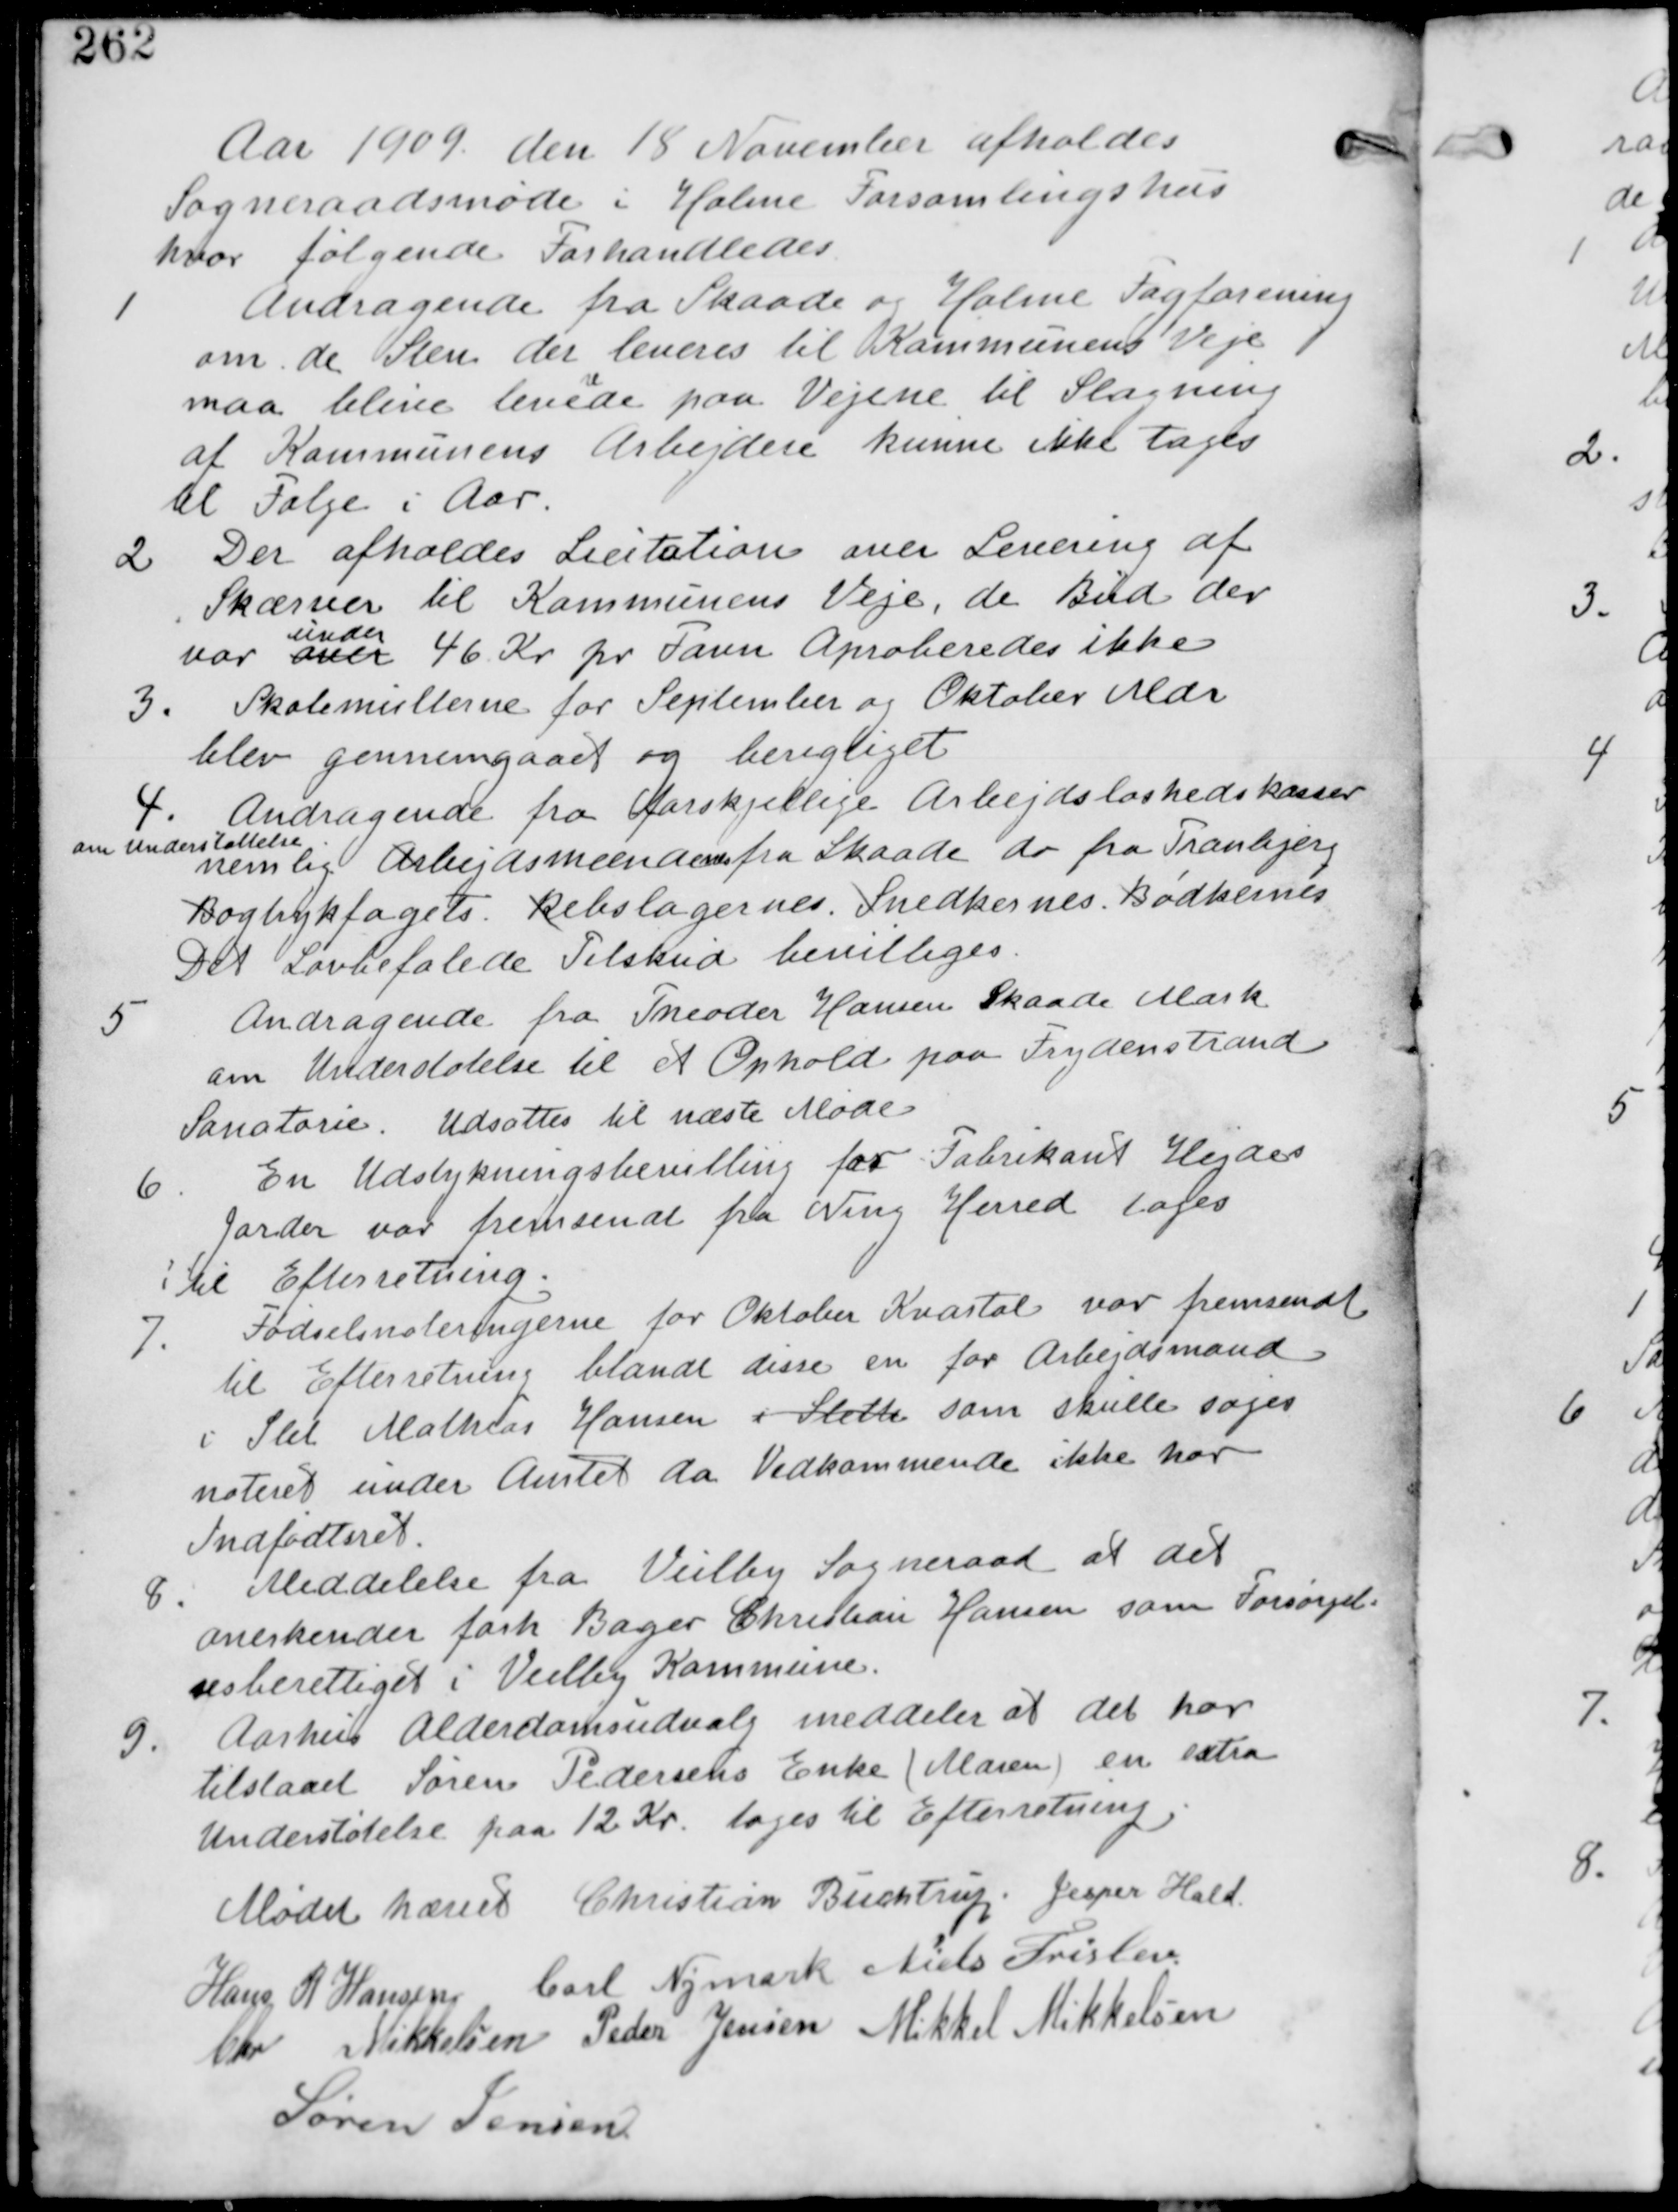
Transskription:
Aar 1909 den 15 November afholdes
Sogneraadsmøde i Holme Forsamlingshus
hvor følgende Forhandledes

1
Andragende fra Skaade og Holme Fagforening
om de Sten der leveres til Kommunens Veje
maa blive leve
re
de paa Vejene til Slagning
af Kommunens Arbejdere kunne ikke tages
til Følge i Aar.

2. Der afholdes Licitation over Levering af
Skærver til Kommunens Veje, de Bud der
var over
under
46 Kr pr Favn Aproberedes ikke

3. Skolemulterne for September og Oktober Mdr
blev gennemgaaet og berigtiget.

4. Andragende fra forskjellige Arbejdsløshedskasser
om Understøttelse
nemlig Arbejdsmændene fra Skaade do fra Tranbjerg
Bogtryksfagets. Rebslagernes. Snedkernes. Bødkernes
Det Lovbefalede Tilskud bevilges.

5.
Andragende fra Theodor Hansen Skaade Mark
om Understøttelse til rt Ophold paa Frydenstrand
Sanatorie. Udsættes til næste Møde.

6.
En Udstykningsbevilling for Fabrikant Hejdes
Jorder var fremsendt fra Ning Herred tages
til Efterretning

7. Fødselsnoteringerne for Oktober Kvartal var fremsendt
til Efterretning blandt disse en for Arbejdsmand
i Slet Mathias Hansen i Sleth som skulle søges
noteret under Amtet da Vedkommende ikke har
Indfødtsret.

8. Meddelelse fra Veilby Sogneraad at det
anerkender forh Bager Christian Hansen som Forsørgel-
sesberettiget i Veilby Kommune

9. Aarhus Alderdomsudvalg meddeler at det har
tilstaaet Søren Pedersens Enke (Maren) en extra
Understøttelse paa 12 Kr. tages til Efterretning.

Mødet hævet Christian Buchtrup Jesper Hald
Hans R Hansen Carl Nymark Niels Frislev
Chr Mikkelsen Peder Jensen Mikkel Mikkelsen
Søren Jensen